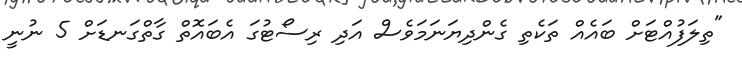
"ތިލަފުއްޓަށް ބައެއް ތަކެތި ގެންދިޔަނަމަވެސް އަދި ރިސޯޓުގަ އެބައޮތް ގާތްގަނޑަށް 5 ނުނީ